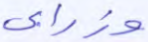
وزرابي